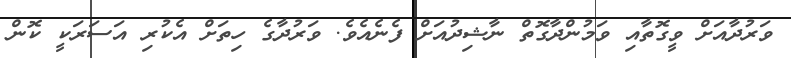
ވަރުދާއަށް ވީގޮތާއި ވަމުންދާގޮތް ނާޝިދުއަށް ފެނެއެވެ. ވަރުދާގެ ހިތަށް އެކުރި އަސަރަކީ ކޮން